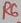
Text: R6